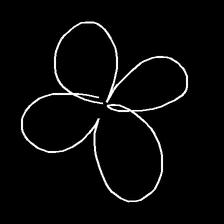
Glyph: billowing